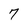
Character: 7